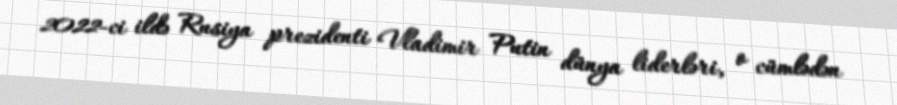
2022-ci ildə Rusiya prezidenti Vladimir Putin dünya liderləri, o cümlədən